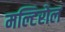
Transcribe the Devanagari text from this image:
मल्टिरोल